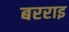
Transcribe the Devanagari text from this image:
बरराइ